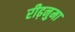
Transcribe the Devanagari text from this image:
रीढ़नुमा